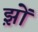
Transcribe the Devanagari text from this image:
झ़ों